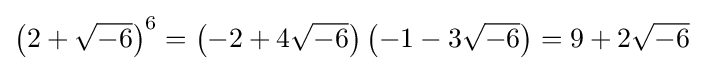
\left(2+{\sqrt {-6}}\right)^{6}=\left(-2+4{\sqrt {-6}}\right)\left(-1-3{\sqrt {-6}}\right)=9+2{\sqrt {-6}}